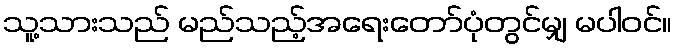
သူ့သားသည် မည်သည့်အရေးတော်ပုံတွင်မျှ မပါဝင်။